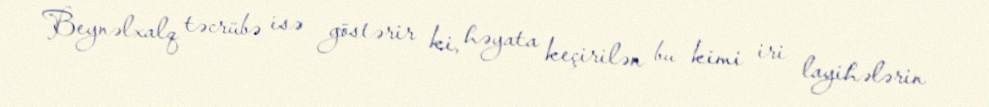
Beynəlxalq təcrübə isə göstərir ki, həyata keçirilən bu kimi iri layihələrin